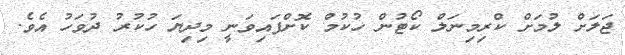
ޖަލަށް ލުމަށް ކްރިމިނަލް ކޯޓުން ހުކުމް ކޮށްފައިވަނީ މިދިޔަ ހުކުރު ދުވަހު އެވެ.